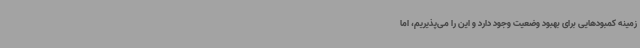
زمینه کمبودهایی برای بهبود وضعیت وجود دارد و این را می‌پذیریم، اما